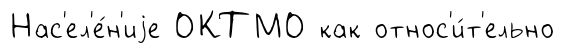
Нас'ел'е́н'иjе ОКТМО как относ'и́т'ельно